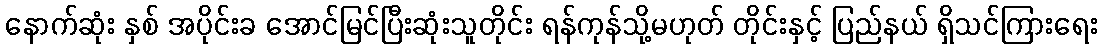
နောက်ဆုံး နှစ် အပိုင်းခ အောင်မြင်ပြီးဆုံးသူတိုင်း ရန်ကုန်သို့မဟုတ် တိုင်းနှင့် ပြည်နယ် ရှိသင်ကြားရေး